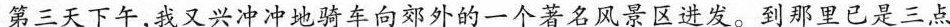
第三天下午，我又兴冲冲地骑车向郊外的一个著名风景区进发。到那里已是三点